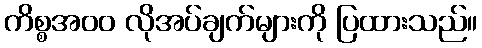
ကိစ္စအ၀၀ လိုအပ်ချက်များကို ပြထားသည်။